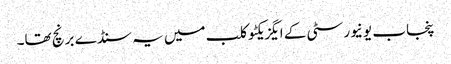
پنجاب یونیورسٹی کے ایگزیکٹو کلب میں یہ سنڈے برنچ تھا۔